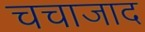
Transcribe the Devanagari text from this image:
चचाजाद